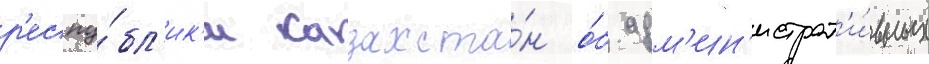
р'еспу́бл'ик'и казахста́н о́б адм'ин'истрат'и́вных